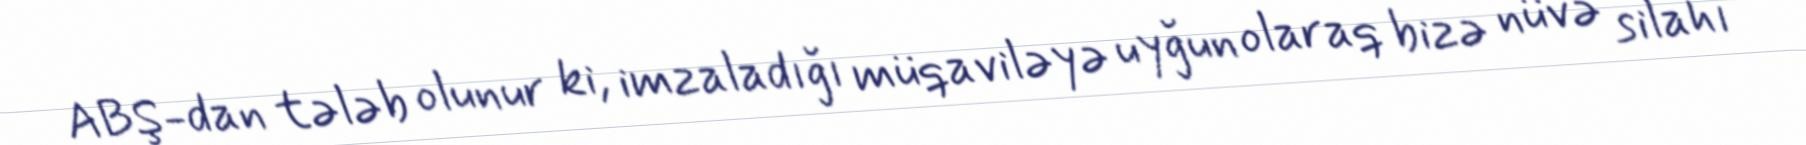
ABŞ-dan tələb olunur ki, imzaladığı müqaviləyə uyğun olaraq bizə nüvə silahı